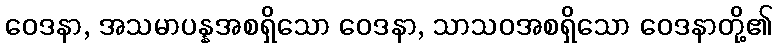
ဝေဒနာ, အသမာပန္နအစရှိသော ဝေဒနာ, သာသဝအစရှိသော ဝေဒနာတို့၏